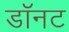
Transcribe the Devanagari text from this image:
डॉनट